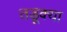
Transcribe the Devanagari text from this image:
तडूक्या